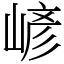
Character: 嵃